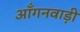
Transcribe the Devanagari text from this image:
आँगनवाड़ी